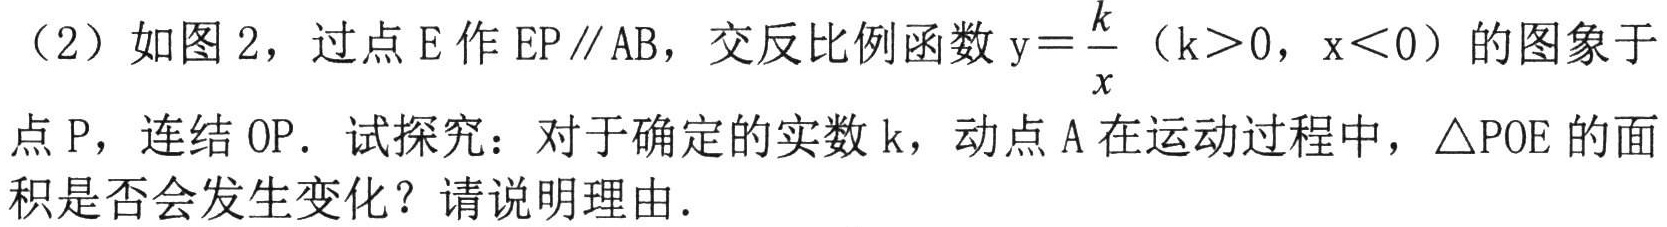
（2）如图2，过点E作EP∥AB，交反比例函数\(y = \frac{k}{x}\)（\(k>0\)，\(x<0\)）的图象于点P，连结OP．试探究：对于确定的实数k，动点A在运动过程中，\(\triangle POE\)的面积是否会发生变化？请说明理由．